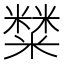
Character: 𥼬